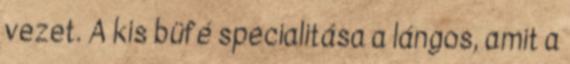
vezet. A kis büfé specialitása a lángos, amit a